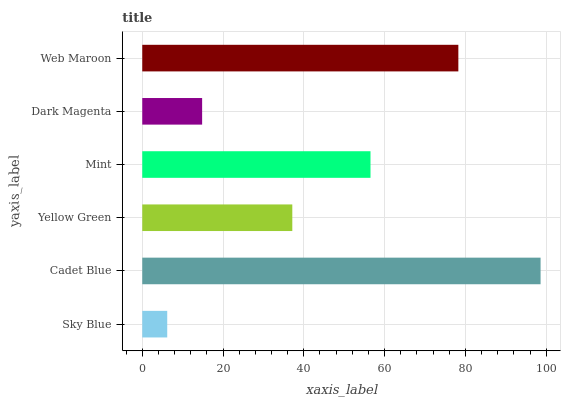
| yaxis_label | bars |
 | --- | --- |
 | Sky Blue | 6.18 |
 | Cadet Blue | 98.6 |
 | Yellow Green | 37.1 |
 | Mint | 56.5 |
 | Dark Magenta | 14.8 |
 | Web Maroon | 78.3 |